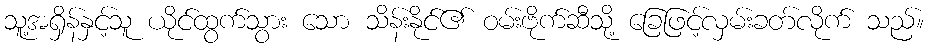
သူ့အရှိန်နှင့်သူ ယိုင်ထွက်သွား သော သိန်းနိုင်၏ ဝမ်းဗိုက်ဆီသို့ ခြေဖြင့်လှမ်းခတ်လိုက် သည်။